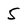
Character: 5